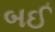
બઈ